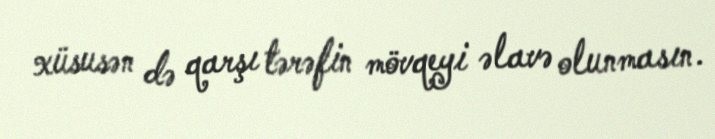
xüsusən də qarşı tərəfin mövqeyi əlavə olunmasın.